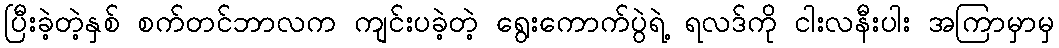
ပြီးခဲ့တဲ့နှစ် စက်တင်ဘာလက ကျင်းပခဲ့တဲ့ ရွေးကောက်ပွဲရဲ့ ရလဒ်ကို ငါးလနီးပါး အကြာမှာမှ